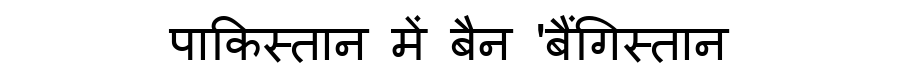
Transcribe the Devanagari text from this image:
पाकिस्तान में बैन 'बैंगिस्तान